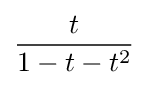
{\frac {t}{1-t-t^{2}}}